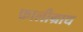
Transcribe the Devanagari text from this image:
फ्रालीग्राथ